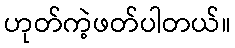
ဟုတ်ကဲ့ဖတ်ပါတယ်။